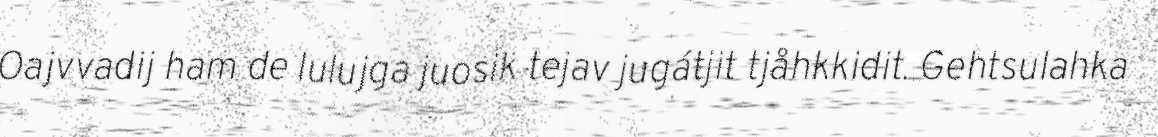
Oajvvadij ham de lulujga juosik tejav jugátjit tjåhkkidit. Gehtsulahka